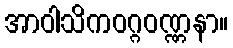
အာဝါသိကဝဂ္ဂဝဏ္ဏနာ။